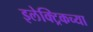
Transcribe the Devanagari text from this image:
इलेक्ट्रिकच्या